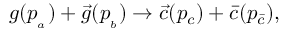
g ( p _ { { } _ { a } } ) + \vec { g } ( p _ { { } _ { b } } ) \rightarrow \vec { c } ( p _ { c } ) + \bar { c } ( p _ { \bar { c } } ) ,